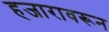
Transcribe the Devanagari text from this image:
हजारावरून